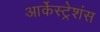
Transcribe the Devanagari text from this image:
आर्केस्ट्रेशंस